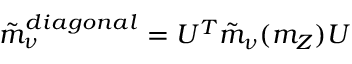
\tilde { m } _ { \nu } ^ { d i a g o n a l } = U ^ { T } \tilde { m } _ { \nu } ( m _ { Z } ) U